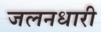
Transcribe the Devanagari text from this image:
जलनधारी